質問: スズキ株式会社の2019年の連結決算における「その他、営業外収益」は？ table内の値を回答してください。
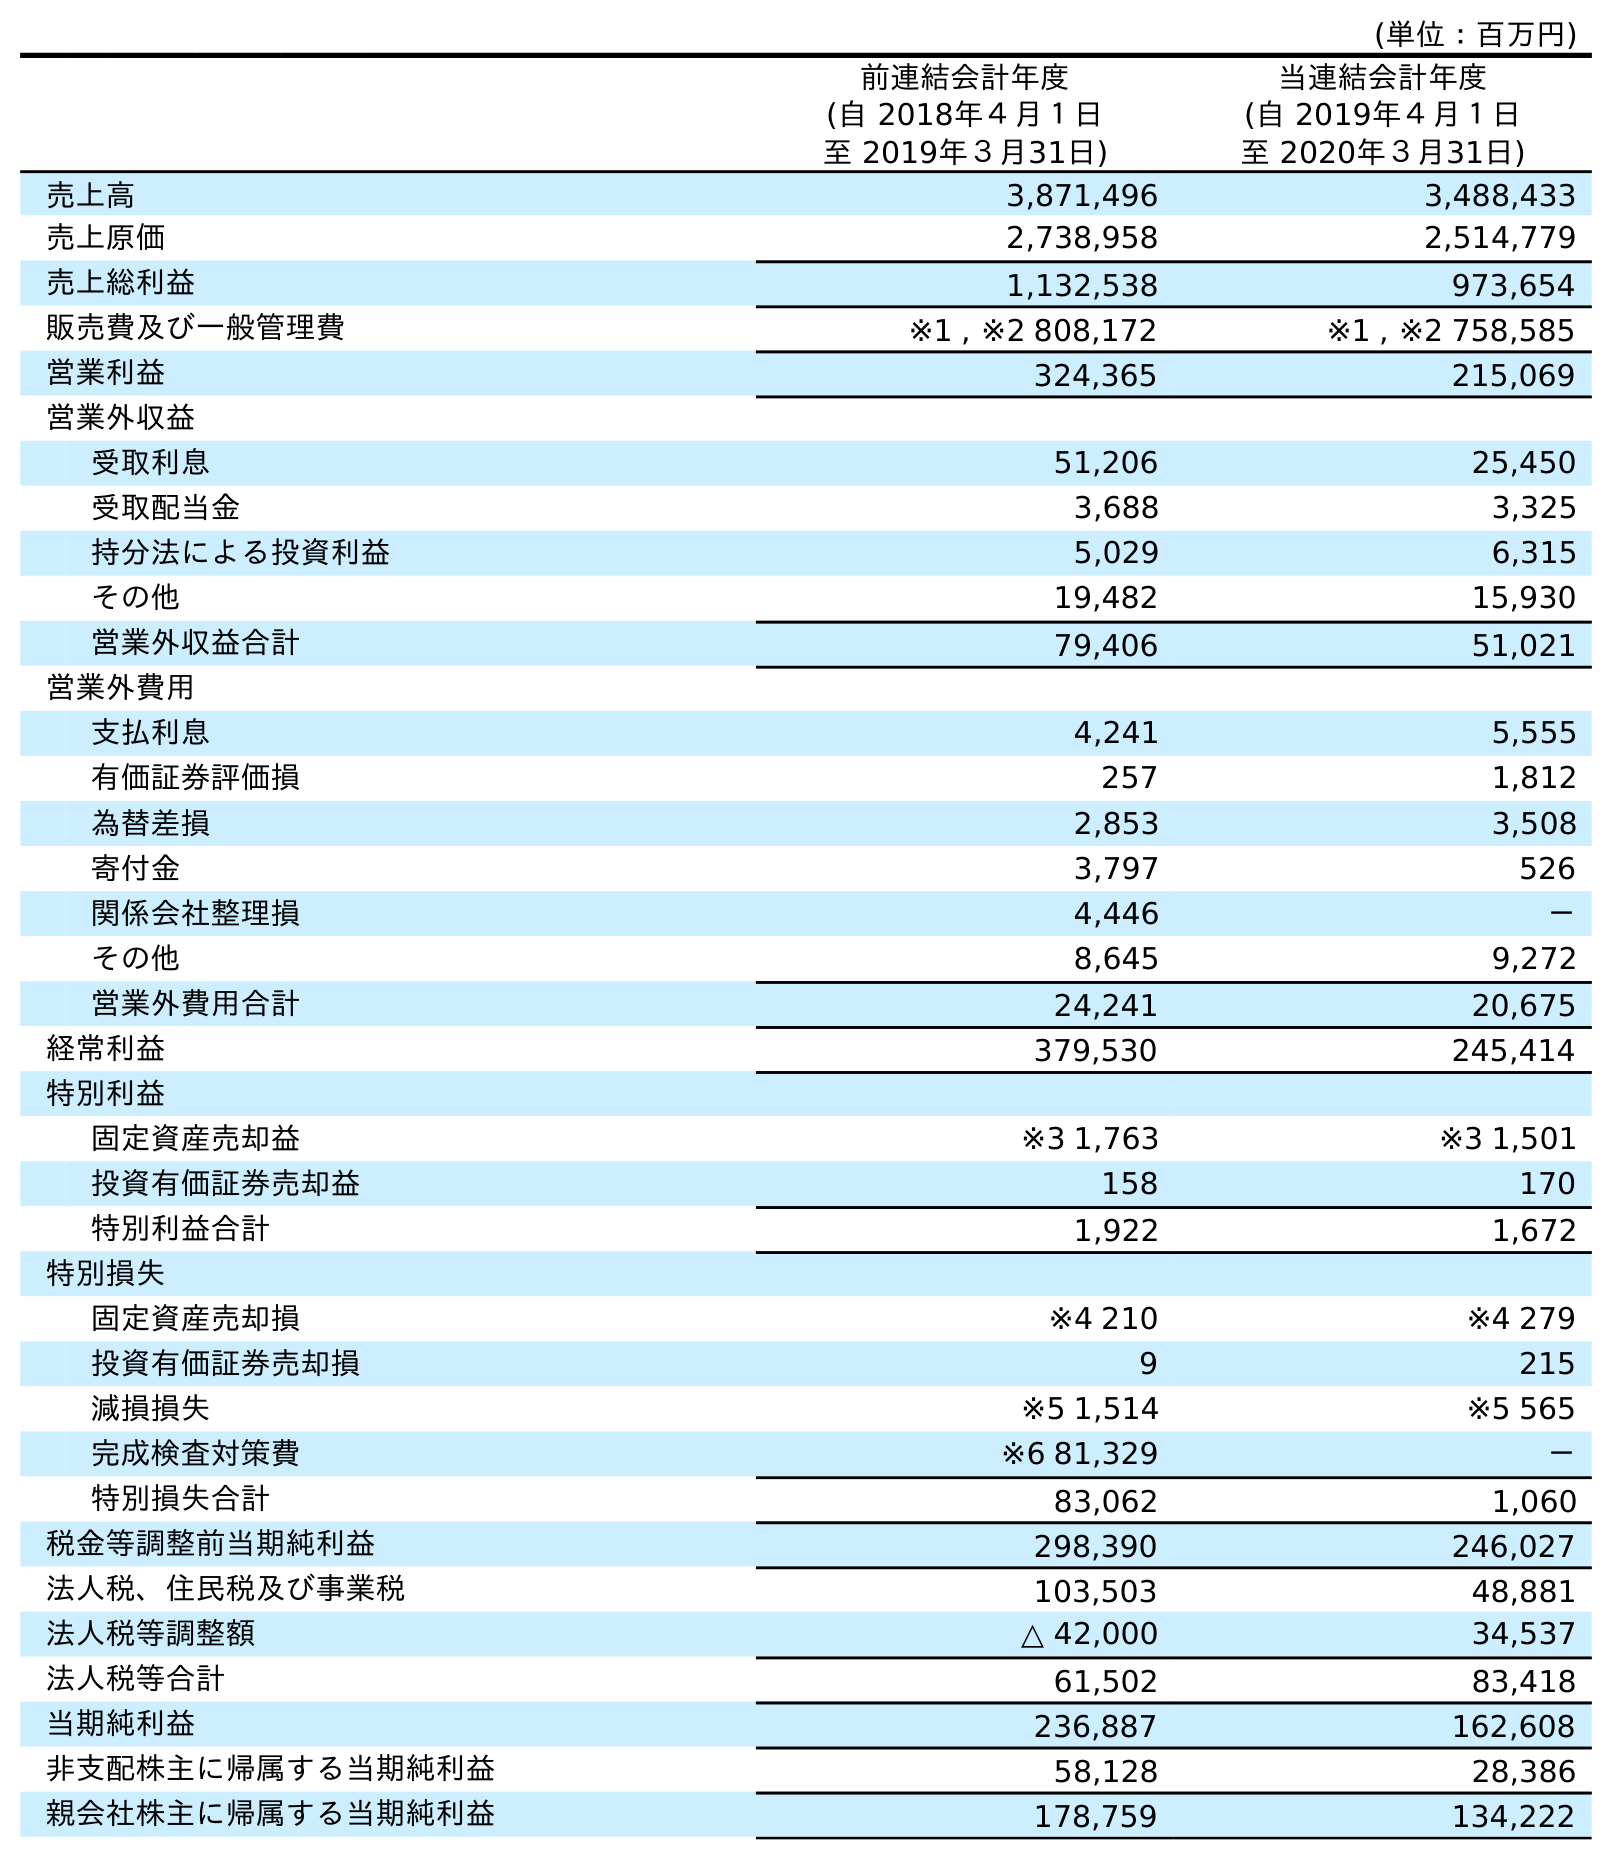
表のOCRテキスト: (単位：百万円) 前連結会計年度 (自 2018年４月１日 至 2019年３月31日) 当連結会計年度 (自 2019年４月１日 至 2020年３月31日) 売上高 3,871,496 3,488,433 売上原価 2,738,958 2,514,779 売上総利益 1,132,538 973,654 販売費及び一般管理費 ※1 , ※2 808,172 ※1 , ※2 758,585 営業利益 324,365 215,069 営業外収益 受取利息 51,206 25,450 受取配当金 3,688 3,325 持分法による投資利益 5,029 6,315 その他 19,482 15,930 営業外収益合計 79,406 51,021 営業外費用 支払利息 4,241 5,555 有価証券評価損 257 1,812 為替差損 2,853 3,508 寄付金 3,797 526 関係会社整理損 4,446 － その他 8,645 9,272 営業外費用合計 24,241 20,675 経常利益 379,530 245,414 特別利益 固定資産売却益 ※3 1,763 ※3 1,501 投資有価証券売却益 158 170 特別利益合計 1,922 1,672 特別損失 固定資産売却損 ※4 210 ※4 279 投資有価証券売却損 9 215 減損損失 ※5 1,514 ※5 565 完成検査対策費 ※6 81,329 － 特別損失合計 83,062 1,060 税金等調整前当期純利益 298,390 246,027 法人税、住民税及び事業税 103,503 48,881 法人税等調整額 △ 42,000 34,537 法人税等合計 61,502 83,418 当期純利益 236,887 162,608 非支配株主に帰属する当期純利益 58,128 28,386 親会社株主に帰属する当期純利益 178,759 134,222
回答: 19,482